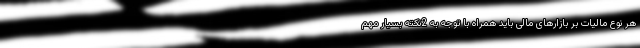
هر نوع مالیات بر بازارهای مالی باید همراه با توجه به 2نکته بسیار مهم